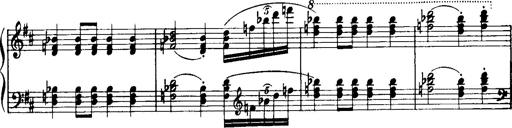
Title: Historische ungarische Bildnisse
Composer: Franz Liszt